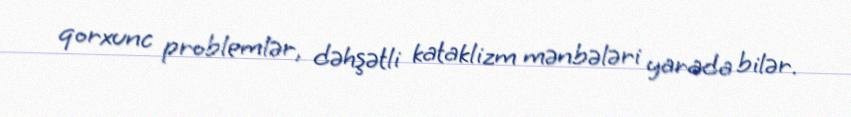
qorxunc problemlər, dəhşətli kataklizm mənbələri yarada bilər.